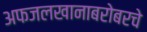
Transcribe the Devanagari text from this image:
अफजलखानाबरोबरचे